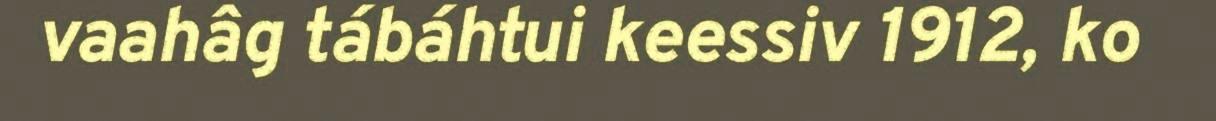
vaahâg tábáhtui keessiv 1912, ko